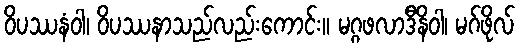
ဝိပဿနံဝါ၊ ဝိပဿနာသည်လည်းကောင်း။ မဂ္ဂဖလာဒီနိဝါ၊ မဂ်ဖိုလ်